Civil Veterinary Department Bihar & Orissa reports 1911-21 - 1911-1921
Year: 1911
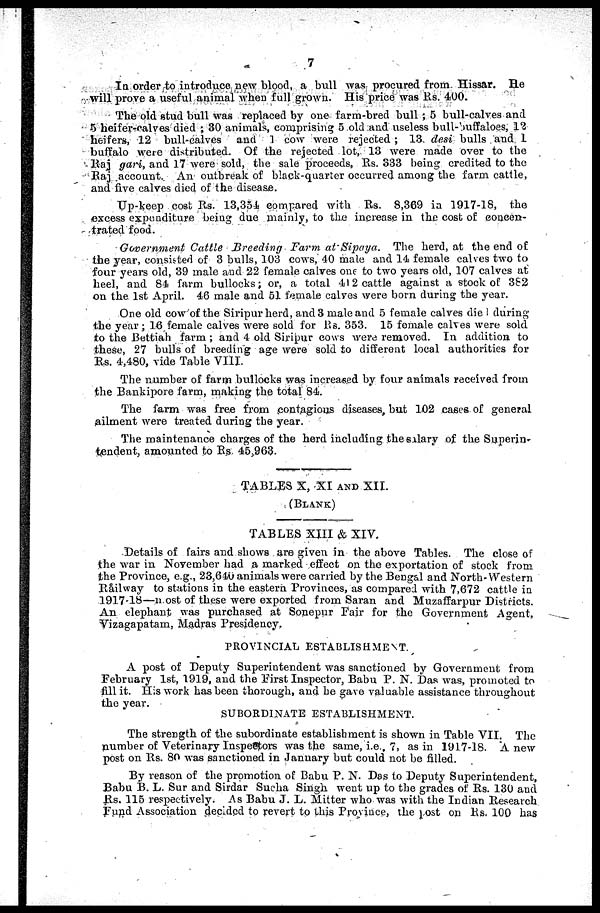
7
In order to introduce new blood, a bull was procured from Hissar. He
will prove a useful animal when full grown. His price was Rs. 400.
The old stud bull was replaced by one farm-bred bull ; 5 bull-calves and
5 heifer-calves died ; 30 animals, comprising 5 old and useless bull-buffaloes, 12
heifers, 12 bull-calves and 1 cow were rejected ; 13- desi bulls and L
buffalo were distributed. Of the rejected lot, 13 were made over to the
Raj gari, and 17 were sold, the sale proceeds, Rs. 333 being credited to the
Raj account.. An outbreak of black-quarter occurred among the farm cattle,
and five calves died of the disease.
Up-keep cost Rs. 13,354 compared with Rs. 8,369 in 1917-18, the
excess expenditure being due mainly, to the increase in the cost of concen-
trated food.
Government Cattle Breeding
Farm at Sipaya. The herd, at the end of
the year, consisted of 3 bulls, 103 cows, 40 male and 14 female calves two to
four years old, 39 male and 22 female calves one to two years old, 107 calves at
heel, and 81 farm bullocks ; or, a total 112 cattle against a stock of 382
on the 1st April. 46 male and 51 female calves were born during the year.
One old cow of the Siripur herd, and 3 male and 5 female calves die 1 during
the year ; 16 female calves were sold for Rs. 353. 15 female calves were sold
to the Bettiah farm ; and 4 old Siripur cows were removed. In addition to
these, 27 bulls of breeding age were sold to different local authorities for
Rs. 4,480, vide Table VIII.
The number of farm bullocks was increased by four animals received from
the Bankipore farm, making the total 84.
The farm was free from contagious diseases, but 102 cases of general
ailment were treated during the year.
The maintenance charges of the herd including the salary of the Superin-
tendent, amounted to Rs. 45,963.
TABLES X, XI AND XII.
(BLANK)
TABLES XIII & XIV.
Details of fairs and shows are given in the above Tables. The close of
the war in November had a marked effect on the exportation of stock from
the Province, e.g., 23,640 animals were carried by the Bengal and North- Western
Råilway to stations in the eastern Provinces, as compared with 7,672 cattle in
1917-18—most of these were exported from Saran and Muzaffarpur Districts,
An elephant was purchased at Sonepur Fair for the Government Agent,
Vizagapatam, Madras Presidency.
PROVINCIAL ESTABLISHMENT.
A post of Deputy Superintendent was sanctioned by Government from
February 1st, 1919, and the First Inspector, Babu P. N. Das was, promoted to
fill it. His work has been thorough, and he gave valuable assistance throughout
the year.
SUBORDINATE ESTABLISHMENT.
The strength of the subordinate establishment is shown in Table VII. The
number of Veterinary Inspectors was the same, i.e., 7, as in 1917-18. A new
post on Rs. 80 was sanctioned in January but could not bo filled.
By reason of the promotion of Babu P. N. Das to Deputy Superintendent,
Babu B. L. Sur and Sirdar Sucha Singh went up to the grades of Rs. 130 and
Rs. 115 respectively. As Babu J. L. Mitter who was with the Indian Research
Fund Association decided to revert to this Province, the post on Rs. 100 has